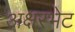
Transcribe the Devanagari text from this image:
अक्षरभेट